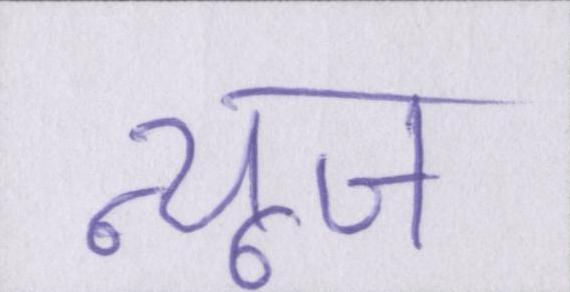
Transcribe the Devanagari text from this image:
न्यूज